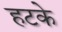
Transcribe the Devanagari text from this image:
हटके